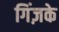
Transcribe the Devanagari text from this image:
गिंज़के